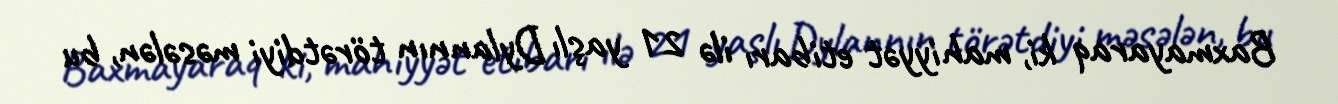
Baxmayaraq ki, mahiyyət etibarı ilə 21 yaşlı Dylannın törətdiyi məsələn, bu